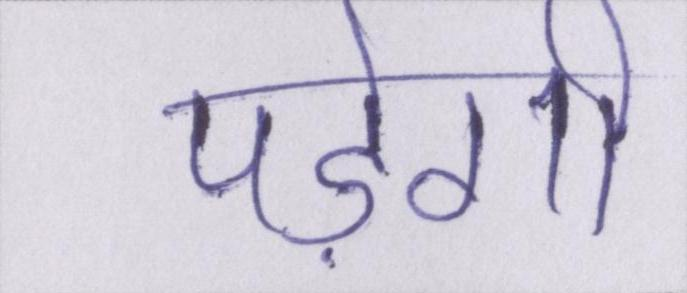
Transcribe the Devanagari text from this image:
पड़ेगी